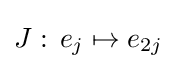
J:\,e_{j}\mapsto e_{2j}